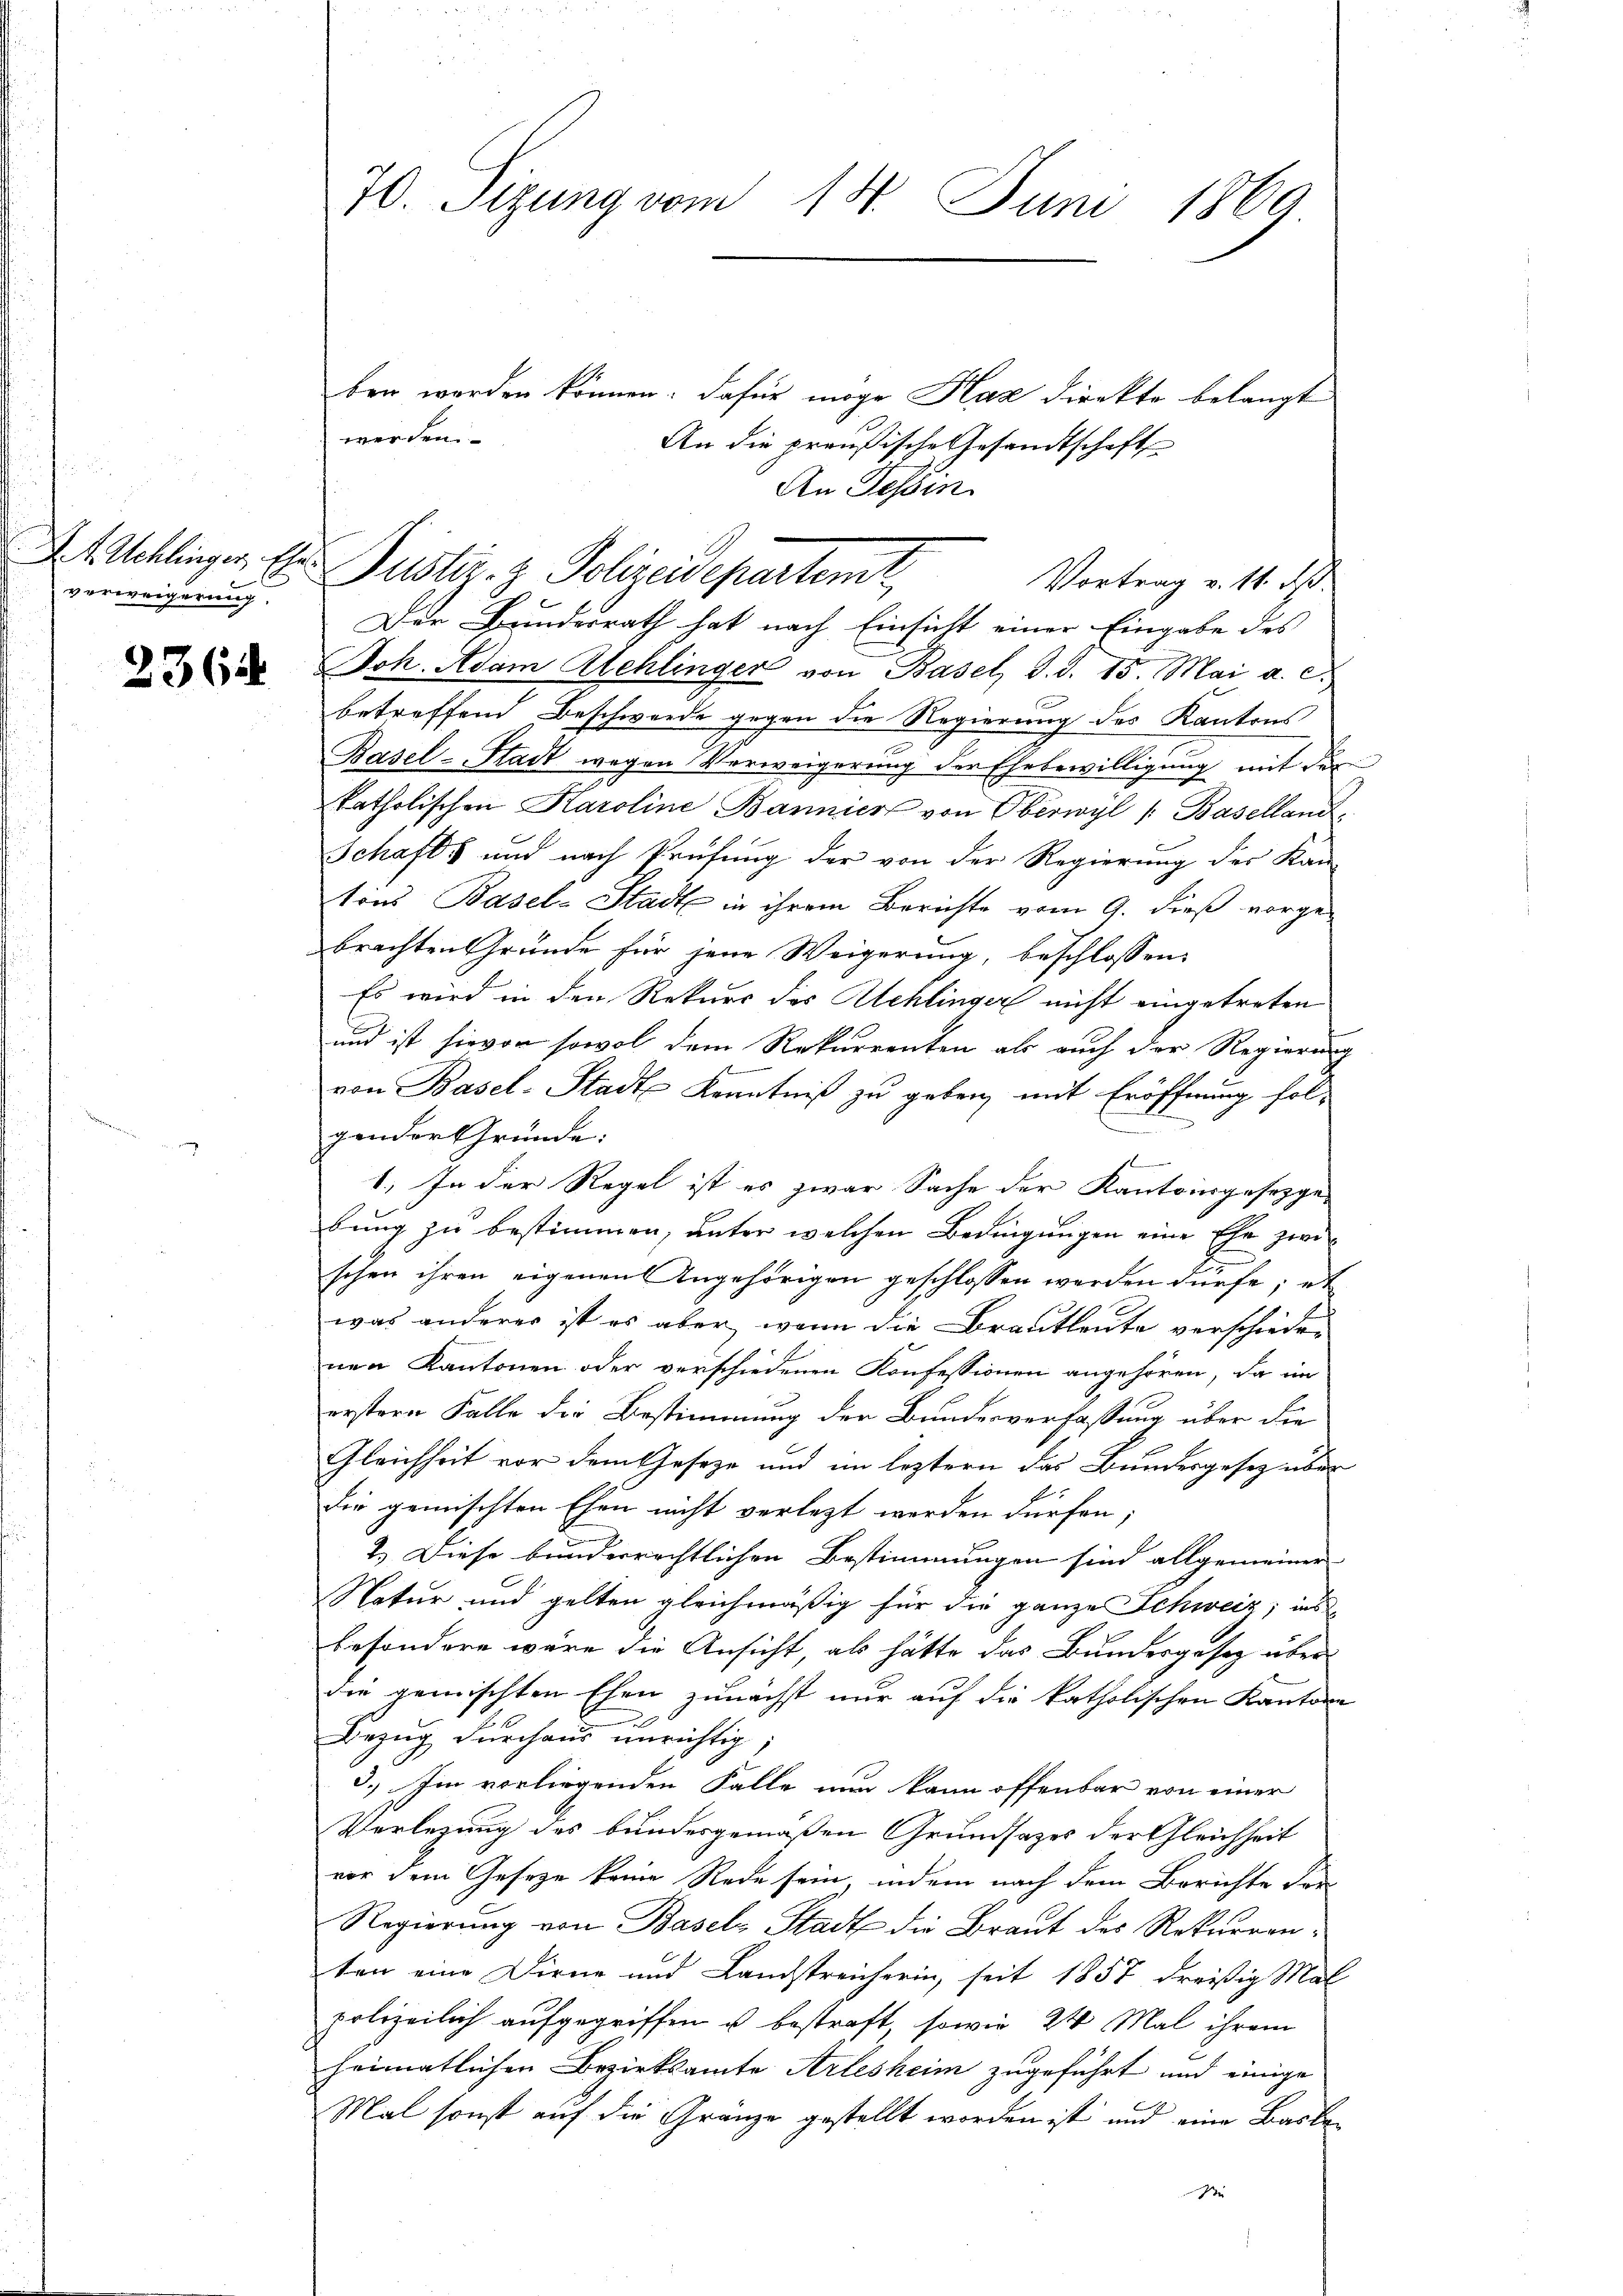
I. f. Schlinger, Ehe
verweigerung.

2364

70. Setzung vom 18. Juni 1869

werden.

ben worden können. Dafür möge Kaz direkte belangt
An die preußische Gesandtschaft
Vortrag v. 11. ds.
Der Bundesrath hat nach Einsicht einer Eingabe des
Joh. Adam Alchlinger von Basel, d. d. 15. Mai a. c.
betreffend Beschwerde gegen die Regierung des Kantons
Basel-Stadt wegen Verweigerung der Ehebewilligung mit der
katholischen Karoline Bannier von Oberwyl /: Baselland,
Schafts und nach Prüfung der von der Regierung des Kan-
tons Basel-Stadt in ihrem Berichte vom 9. dieß vorgebrachten Gründe für jene Weigerung, beschlossen:
Es wird in den Rekurs des Schlinger nicht eingetreten
und ist hievon sowol dem Rekurrenten als auch der Regierung
von Basel-Stadt Kenntniß zu geben, mit Eröffnung fol-
gender Gründe:
s
1.) In der Regel ist es zwar Sache der Kantonsgesetzge-
bung zu bestimmen, unter welchen Bedingungen eine Ehe zwischen ihren eigenen Angehörigen geschlossen werden dürfe; et
was anderer ist es aber, wenn die Brautleute verschieden
nen Kantonen oder verschiedenen Konfessionen angehören, da im
erstern Falle die Bestimmung der Bundesverfassung über die
Gleichheit vor dem Geseze und im leztern das Bundesgesetz über
die gemischten Ehen nicht verletzt werden dürfen;
2.) Diese bunderrechtlichen Bestimmungen sind allgemeiner
Natur und gelten gleichmäßig für die ganze Schweiz, ins
besondere wäre die Ansicht, als hätte das Bundesgesez über
die gemischten Ehen zunächst nur auf die katholischen Kanton
n
Bezug durchaus unrichtig
3.) Im vorliegenden Falle nun kann offenbar von einer
Verlegung des bundesgemäßen Grundsatzes der Gleichheit
vor dem Gesetze keine Rede sein, indem nach dem Berichte der¬
Regierung von Basels Stadt die Braut des Rekurrenten eine Dirne und Landstreicherin, seit 1857 dreißig Mal
polizeilich aufgegriffen u bestraft, sowie 24 Mal ihrem
heimatlichen Bezirksamte Arlesheim zugeführt und einige
Mal sonst auf die Gränze gestellt worden ist und eine Basta¬
Di

An Tessin
i
Justiz- & Polizeidepartemit,